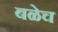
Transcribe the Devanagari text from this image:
बळेच